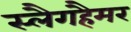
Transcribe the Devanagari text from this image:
स्लैगहैमर